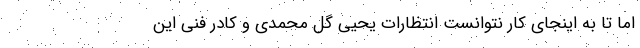
اما تا به اینجای کار نتوانست انتظارات یحیی گل محمدی و کادر فنی این